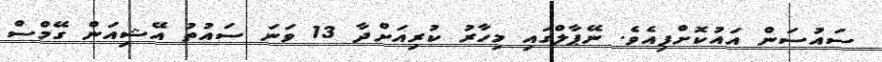
ސައުސަން އައުކޮށްފިއެވެ. ނޭޕާލްގައި މިހާރު ކުރިއަށްދާ 13 ވަނަ ސައުތު އޭޝިއަން ގޭމްސް